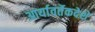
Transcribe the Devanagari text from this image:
आर्यावर्तेकदेशे